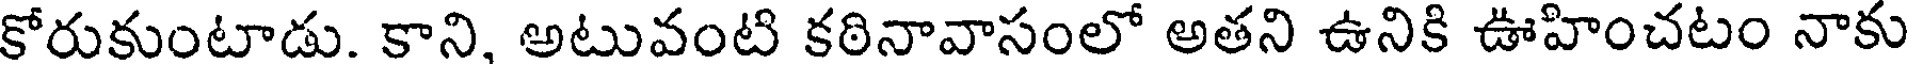
కోరుకుంటాడు. కాని, అటువంటి కఠినావాసంలో అతని ఉనికి ఊహించటం నాకు